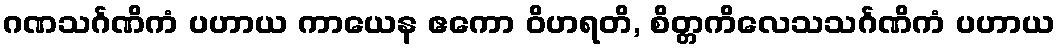
ဂဏသင်္ဂဏိကံ ပဟာယ ကာယေန ဧကော ဝိဟရတိ, စိတ္တကိလေသသင်္ဂဏိကံ ပဟာယ